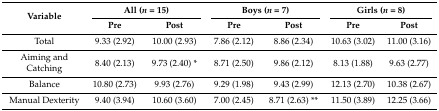
<table><thead><tr><td rowspan="2"><b>Variable</b></td><td colspan="2"><b>All (<i>n =</i> 15)</b></td><td colspan="2"><b>Boys (<i>n =</i> 7)</b></td><td colspan="2"><b>Girls (<i>n =</i> 8)</b></td></tr><tr><td><b>Pre</b></td><td><b>Post</b></td><td><b>Pre</b></td><td><b>Post</b></td><td><b>Pre</b></td><td><b>Post</b></td></tr></thead><tbody><tr><td>Total</td><td>9.33 (2.92)</td><td>10.00 (2.93)</td><td>7.86 (2.12)</td><td>8.86 (2.34)</td><td>10.63 (3.02)</td><td>11.00 (3.16)</td></tr><tr><td>Aiming and Catching</td><td>8.40 (2.13)</td><td>9.73 (2.40) *</td><td>8.71 (2.50)</td><td>9.86 (2.12)</td><td>8.13 (1.88)</td><td>9.63 (2.77)</td></tr><tr><td>Balance</td><td>10.80 (2.73)</td><td>9.93 (2.76)</td><td>9.29 (1.98)</td><td>9.43 (2.99)</td><td>12.13 (2.70)</td><td>10.38 (2.67)</td></tr><tr><td>Manual Dexterity</td><td>9.40 (3.94)</td><td>10.60 (3.60)</td><td>7.00 (2.45)</td><td>8.71 (2.63) ** </td><td>11.50 (3.89)</td><td>12.25 (3.66)</td></tr></tbody></table>